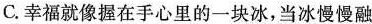
C.幸福就像握在手心里的一块冰，当冰慢慢融